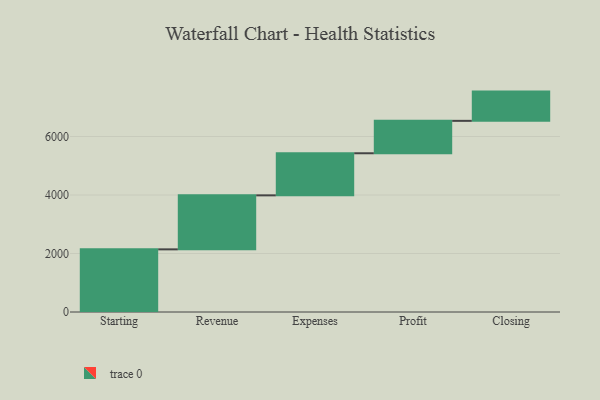
{"axis": {"x": "Step", "y": "Value"}, "legend": [""], "data": [{"x": "Starting", "y": 2142.0, "type": ""}, {"x": "Revenue", "y": 1846.0, "type": ""}, {"x": "Expenses", "y": 1439.0, "type": ""}, {"x": "Profit", "y": 1108.0, "type": ""}, {"x": "Closing", "y": 1000, "type": ""}]}